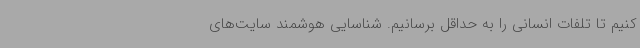
کنیم تا تلفات انسانی را به حداقل برسانیم. شناسایی هوشمند سایت‌های